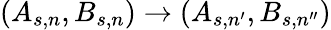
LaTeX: (A_{s,n},B_{s,n})\rightarrow(A_{s,n^{\prime}},B_{s,n^{\prime\prime}})